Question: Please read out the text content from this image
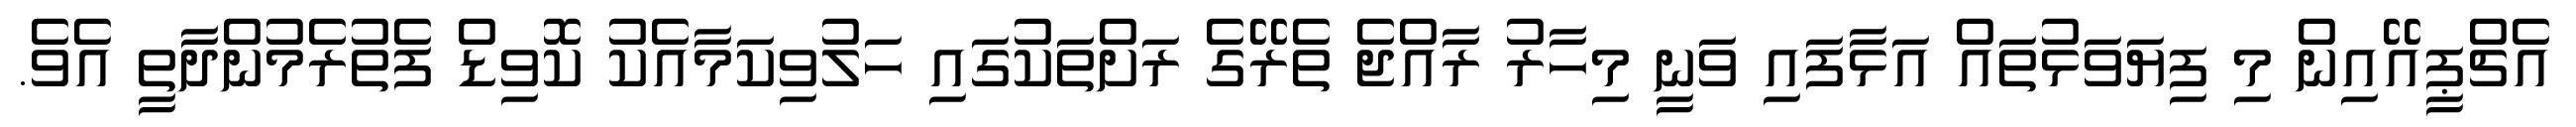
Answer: އެޗްޕީއޭއިން މި ފިޔަވަޅުތައް އަޅާފައި ވަނީ މިހާރު ރާއްޖެ ތެރޭގެ ރަށްތަކުގައި ހަލުވިކަމާއެކު ކޮވިޑް ފެތުރެމުންދާތީ އެވެ.